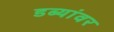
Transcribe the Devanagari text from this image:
डब्यांवर